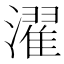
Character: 濯